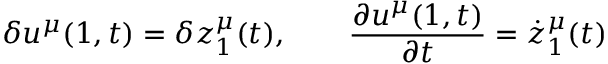
\delta u ^ { \mu } ( 1 , t ) = \delta z _ { 1 } ^ { \mu } ( t ) , \qquad \frac { \partial u ^ { \mu } ( 1 , t ) } { \partial t } = \dot { z } _ { 1 } ^ { \mu } ( t )